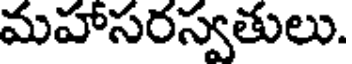
మహాసరస్వతులు.